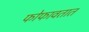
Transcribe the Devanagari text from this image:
फोफावतात